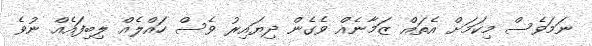
ނަމަވެސް މިކަމަށް އެތައް ޒަމާނެއް ވެގެން ދިޔައިރު ވެސް ހައްލެއް ލިބިފައެއް ނުވެ